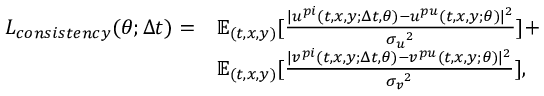
\begin{array} { r l } { L _ { c o n s i s t e n c y } ( \theta ; \Delta t ) = } & { \mathbb { E } _ { ( t , x , y ) } [ \frac { | { u } ^ { p i } ( t , x , y ; \Delta t , \theta ) - { u } ^ { p u } ( t , x , y ; \theta ) | ^ { 2 } } { { \sigma _ { u } } ^ { 2 } } ] + } \\ & { \mathbb { E } _ { ( t , x , y ) } [ \frac { | { v } ^ { p i } ( t , x , y ; \Delta t , \theta ) - { v } ^ { p u } ( t , x , y ; \theta ) | ^ { 2 } } { { \sigma _ { v } } ^ { 2 } } ] , } \end{array}